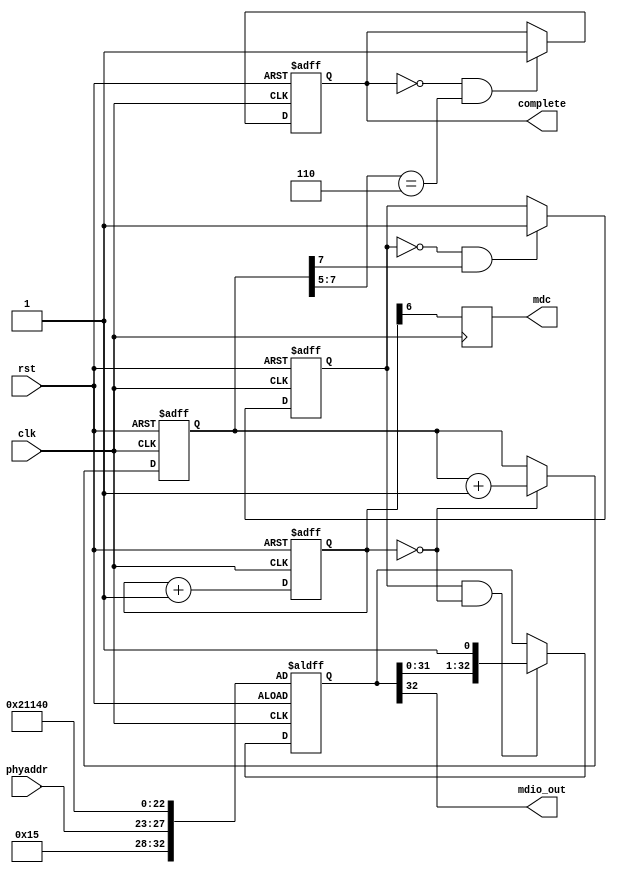
module mdio_init(
// System
  input clk,            // in : system clock (125M)
  input rst,            // in : system reset
// PHY
  input [4:0] phyaddr,  // in : [4:0] PHY address
// MII
  output reg mdc,       // out: clock (1/128 system clock)
  output mdio_out,      // out: connect this to "PCS/PMA + RocketIO" module .mdio?_i()
// status
  output reg complete   // out: initializing sequence has completed (active H)
);

// clock
reg [6:0] cntMdc;
always @ (posedge clk or posedge rst)
  if(rst) cntMdc <= 0;
  else cntMdc <= cntMdc + 7'd1;

always @ (posedge clk) mdc <= cntMdc[6];

wire gShiftDataEn = (cntMdc[6:0] == 7'd0);

////////////////////////////////////////////////////////////////////////////////
// reset states
reg [7:0] cntResets;
always @ (posedge clk or posedge rst)
  if(rst) cntResets <= 8'd0;
  else if(gShiftDataEn) cntResets <= cntResets + 8'd1;

// waits 128 MDCs after rst before outputting mdio_out
reg gWaitn;
always @ (posedge clk or posedge rst)
  if(rst) gWaitn <= 1'd0;
  else if(~gWaitn & cntResets[7]) gWaitn <= 1'd1;

// waits 128 (gWaitn) + 32 (mdio_out) + 32 (margin) MDCs after RSTn before having complete stand
always @ (posedge clk or posedge rst)
  if(rst) complete <= 1'd0;
  else if(~complete && (cntResets[7:5] == 3'b110)) complete <= 1'd1;

////////////////////////////////////////////////////////////////////////////////
// mdio_out shifter
reg [32:0] mdioData;
always @ (posedge clk or posedge rst) begin
  if(rst) mdioData[32:0] <= {
    1'b1,                   // preamble
    2'b01,                  // start opcode
    2'b01,                  // write opcode
    phyaddr[4:0],           // PHY address
    5'h0,                   // register address
    2'b10,                  // turn-around
    16'b0001_0001_0100_0000 // control register
  };
  else if(gWaitn & gShiftDataEn) mdioData[32:0] <= {mdioData[31:0], 1'b1};
end

assign mdio_out = mdioData[32];

endmodule